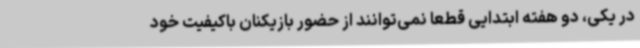
در یکی، دو هفته ابتدایی قطعا نمی‌توانند از حضور بازیکنان باکیفیت خود